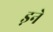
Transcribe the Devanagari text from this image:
ड़ने